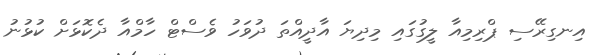
އިނގިރޭސި ޕްރިމިއާ ލީގުގައި މިދިޔަ އާދީއްތަ ދުވަހު ވެސްޓް ހާމްއާ ދެކޮޅަށް ކުޅުނު